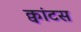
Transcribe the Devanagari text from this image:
क्वांटस